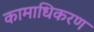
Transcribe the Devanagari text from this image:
कामाधिकरण